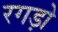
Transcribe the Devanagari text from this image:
रगड़ो